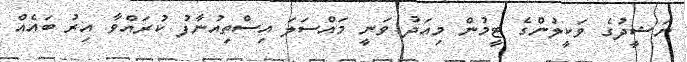
ނަޝީދުގެ ވަކީލުންގެ ޓީމުން މިއަދު ވަނީ މައްސަލަ އިސްތިއުނާފު ކުރައްވާ އިރު ބައެއް